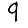
Digit: 9